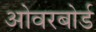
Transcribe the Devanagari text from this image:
ओवरबोर्ड